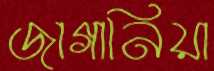
জাগানিয়া